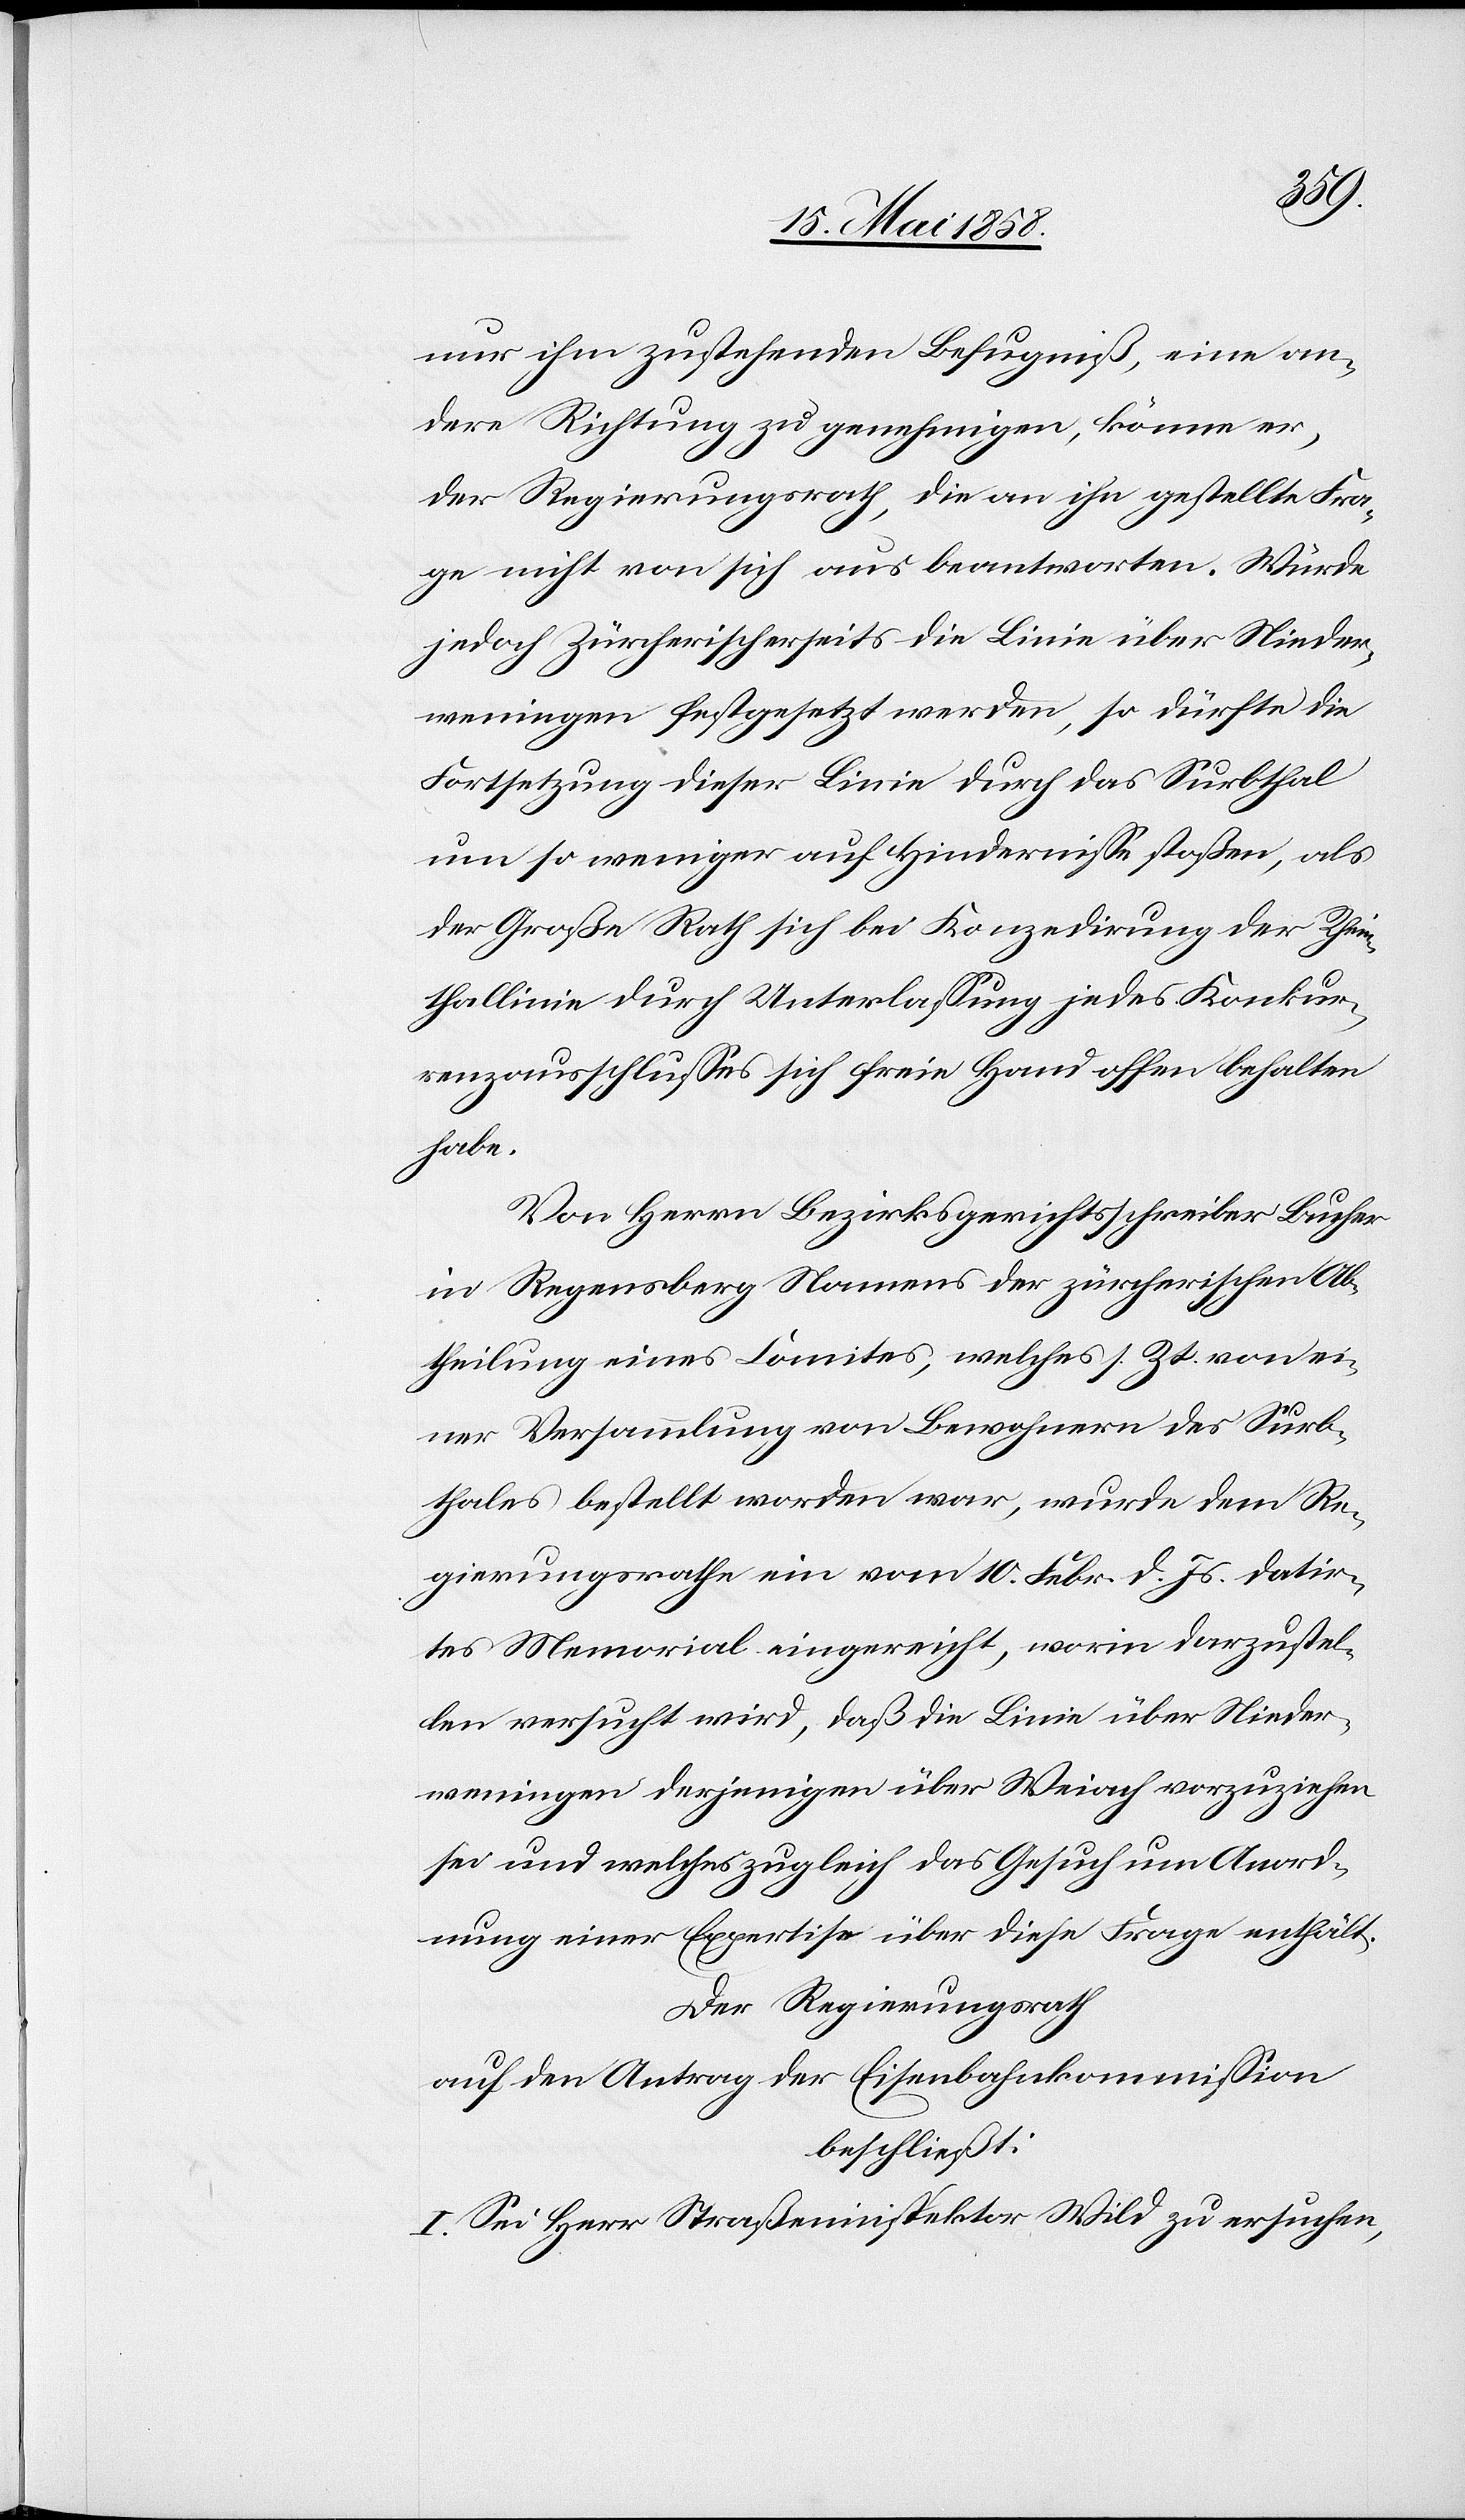
nur ihm zustehenden Befugniß, eine an¬
dere Richtung zu genehmigen, könne er,
der Regierungsrath, die an ihn gestellte Fra¬
ge nicht von sich aus beantworten. Würde
jedoch Zürcherischerseits die Linie über Nieder¬
weningen festgesetzt werden, so dürfte die
Fortsetzung dieser Linie durch das Surbthal
um so weniger auf Hindernisse stoßen, als
der Große Rath sich bei Konzedirung der Rhein¬
thallinie durch Unterlassung jedes Konkur¬
renzausschlusses sich freie Hand offen behalten
habe.
Von Herr Bezirksgerichtsschreiber Bucher
in Regensberg Namens der zürcherischen Ab¬
theilung eines Comites; welches s. Zt. von ei¬
ner Versammlung von Bewohnern des Surb¬
thales bestellt worden war, wurde dem Re¬
gierungsrathe ein vom 10. Febr. d. Js. datir¬
tes Memorial eingereicht, worin darzustel¬
len versucht wird, daß die Linie über Nieder¬
weningen derjenigen über Weiach vorzuziehen
sei und welches zugleich das Gesuch um Anord¬
nung einer Expertise über diese Frage enthält.
Der Regierungsrath
auf den Antrag der Eisenbahnkommission
beschließt:
I. Sei Herr Straßeninspektor Wild zu ersuchen,